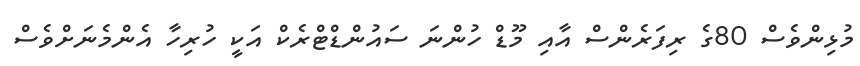
މުޅިންވެސް 80ގެ ރިފަރެންސް އާއި މޫޑް ހުންނަ ސައުންޑްޓްރެކް އަކީ ހުރިހާ އެންމެނަށްވެސް